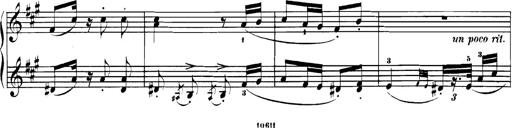
Title: Spinnerlied aus dem Fliegenden HollÃ¤nder
Composer: Franz Liszt